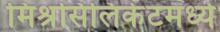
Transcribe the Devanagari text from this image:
मिश्रसिलिकेटमध्ये